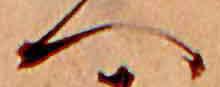
へ